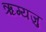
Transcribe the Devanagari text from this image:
ऋग्यजु